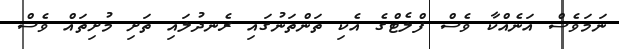
ނަމަވެސް އަނެއްކާ ވެސް ފްލެޓްގެ އެކި ތަންތަނުގައި ރެނދުލައި ތަށި މުށިތައް ވެސް